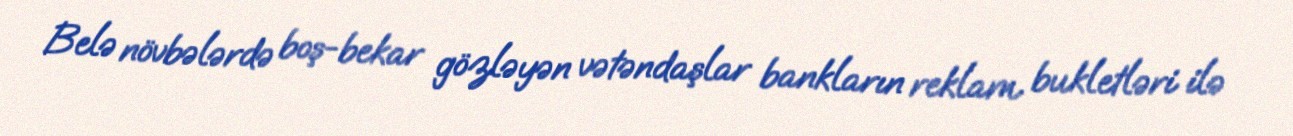
Belə növbələrdə boş-bekar gözləyən vətəndaşlar bankların reklam bukletləri ilə